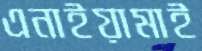
এনাইয়ামাই